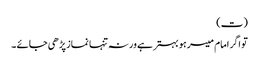
(ت)
تو اگر امام میسر ہو بہتر ہے ورنہ تنہا نماز پڑھی جائے ۔